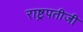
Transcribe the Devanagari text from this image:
राष्ट्रपतीजी